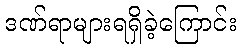
ဒဏ်ရာများရရှိခဲ့ကြောင်း